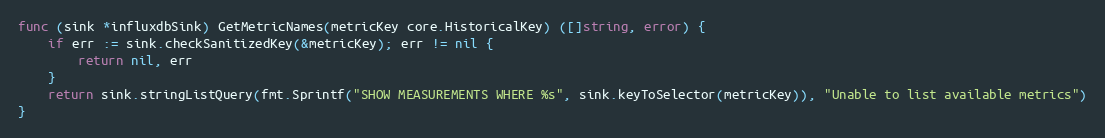
Language: Go
func (sink *influxdbSink) GetMetricNames(metricKey core.HistoricalKey) ([]string, error) {
	if err := sink.checkSanitizedKey(&metricKey); err != nil {
		return nil, err
	}
	return sink.stringListQuery(fmt.Sprintf("SHOW MEASUREMENTS WHERE %s", sink.keyToSelector(metricKey)), "Unable to list available metrics")
}